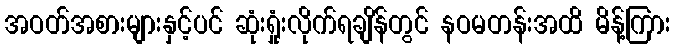
အဝတ်အစားများနှင့်ပင် ဆုံးရှုံးလိုက်ရချိန်တွင် နဝမတန်းအထိ မိန့်ကြား